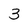
Character: 3